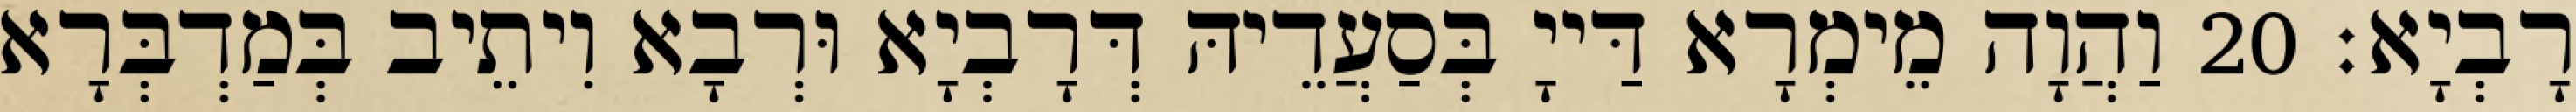
רָבְיָא׃ 20 וַהֲוָה מֵימְרָא דַּייָ בְּסַעֲדֵיהּ דְּרָבְיָא וּרְבָא וִיתֵיב בְּמַדְבְּרָא